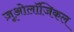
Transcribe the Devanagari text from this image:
ज़ूओलॉजिकल